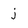
Character: j